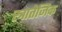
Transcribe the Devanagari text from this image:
स्त्रातेजिक